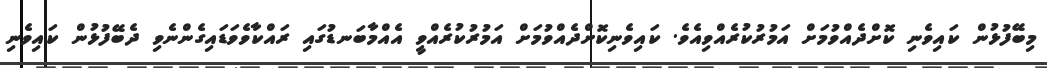
މިބޭފުޅުން ކައިވެނި ކޮށްދެއްވުމަށް އަމުރުކުރެއްވިއެވެ. ކައިވެނިކޮށްދެއްވުމަށް އަމުރުކުރެއްވީ އެއްމާބަނޑުގައި ރައްކާވެވަޑައިގެންނެވި ދެބޭފުޅުން ކައިވެނި